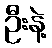
ဦးနဲ့